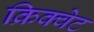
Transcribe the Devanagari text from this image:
क्रिक्वेट